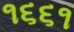
૧૬૬૧